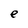
Character: e